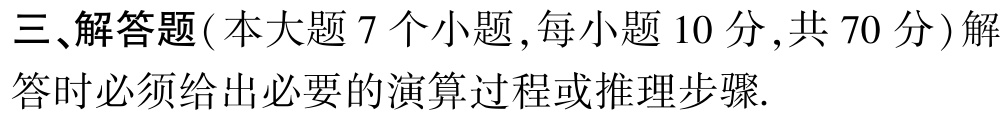
三、解答题(本大题7个小题,每小题10分,共70分)解答时必须给出必要的演算过程或推理步骤.